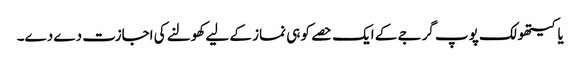
یاکیتھولک پوپ گرجے کے ایک حصے کو ہی نماز کے لیے کھولنے کی اجازت دے دے۔